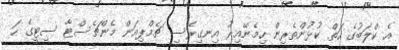
އެ ކްލަބުގެ ހަތް ކުޅުންތެރިން ހިމެނޭއިރު އިނގިރޭސި ޗެމްޕިއަން މެންޗެސްޓާ ސިޓީގެ ހަ